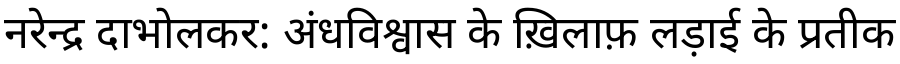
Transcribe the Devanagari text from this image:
नरेन्द्र दाभोलकर: अंधविश्वास के ख़िलाफ़ लड़ाई के प्रतीक